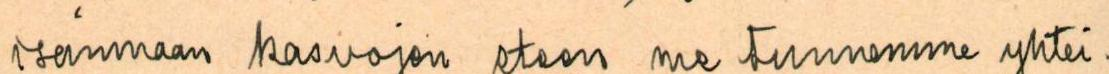
isänmaan kasvojen eteen me tunnemme yhtei-